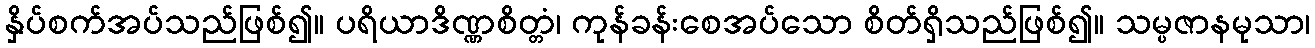
နှိပ်စက်အပ်သည်ဖြစ်၍။ ပရိယာဒိဏ္ဏစိတ္တံ၊ ကုန်ခန်းစေအပ်သော စိတ်ရှိသည်ဖြစ်၍။ သမ္ပဇာနမုသာ၊